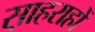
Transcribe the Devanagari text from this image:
स़ाहराहों